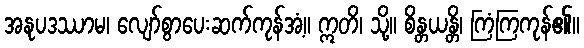
အနုပဒဿာမ၊ လျော်စွာပေးဆက်ကုန်အံ့။ ဣတိ၊ သို့။ စိန္တယန္တိ၊ ကြံကြကုန်၏။